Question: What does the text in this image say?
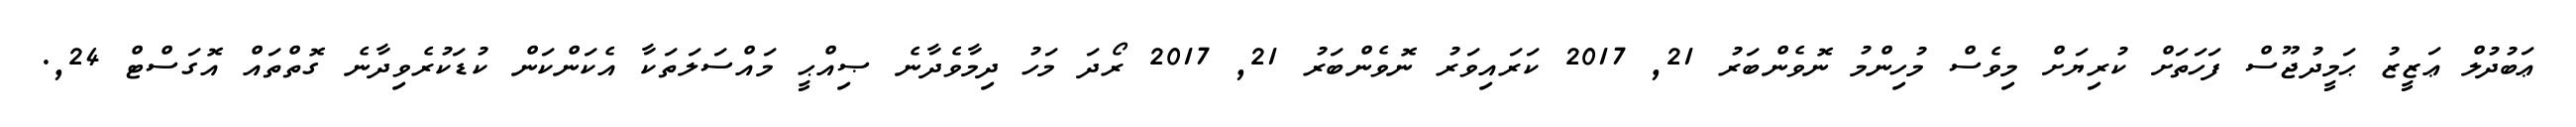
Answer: ޢަބުދުލް ޢަޒީޒު ޙަމީދުޖޫސް ފަހަތަށް ކުރިޔަށް މިވެސް މުހިންމު ނޮވެންބަރު 21, 2017 ކަރައިވަރު ނޮވެންބަރު 21, 2017 ރޯދަ މަހު ދިމާވެދާނެ ޞިއްޙީ މައްސަލަތަކާ އެކަންކަން ކުޑަކުރެވިދާނެ ގޮތްތައް އޮގަސްޓް 24,.